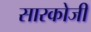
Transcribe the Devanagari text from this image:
सारकोजी